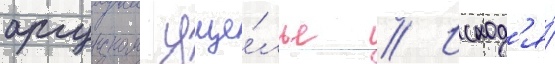
аргунском уще́лье // Исход'я́